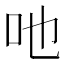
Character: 吔